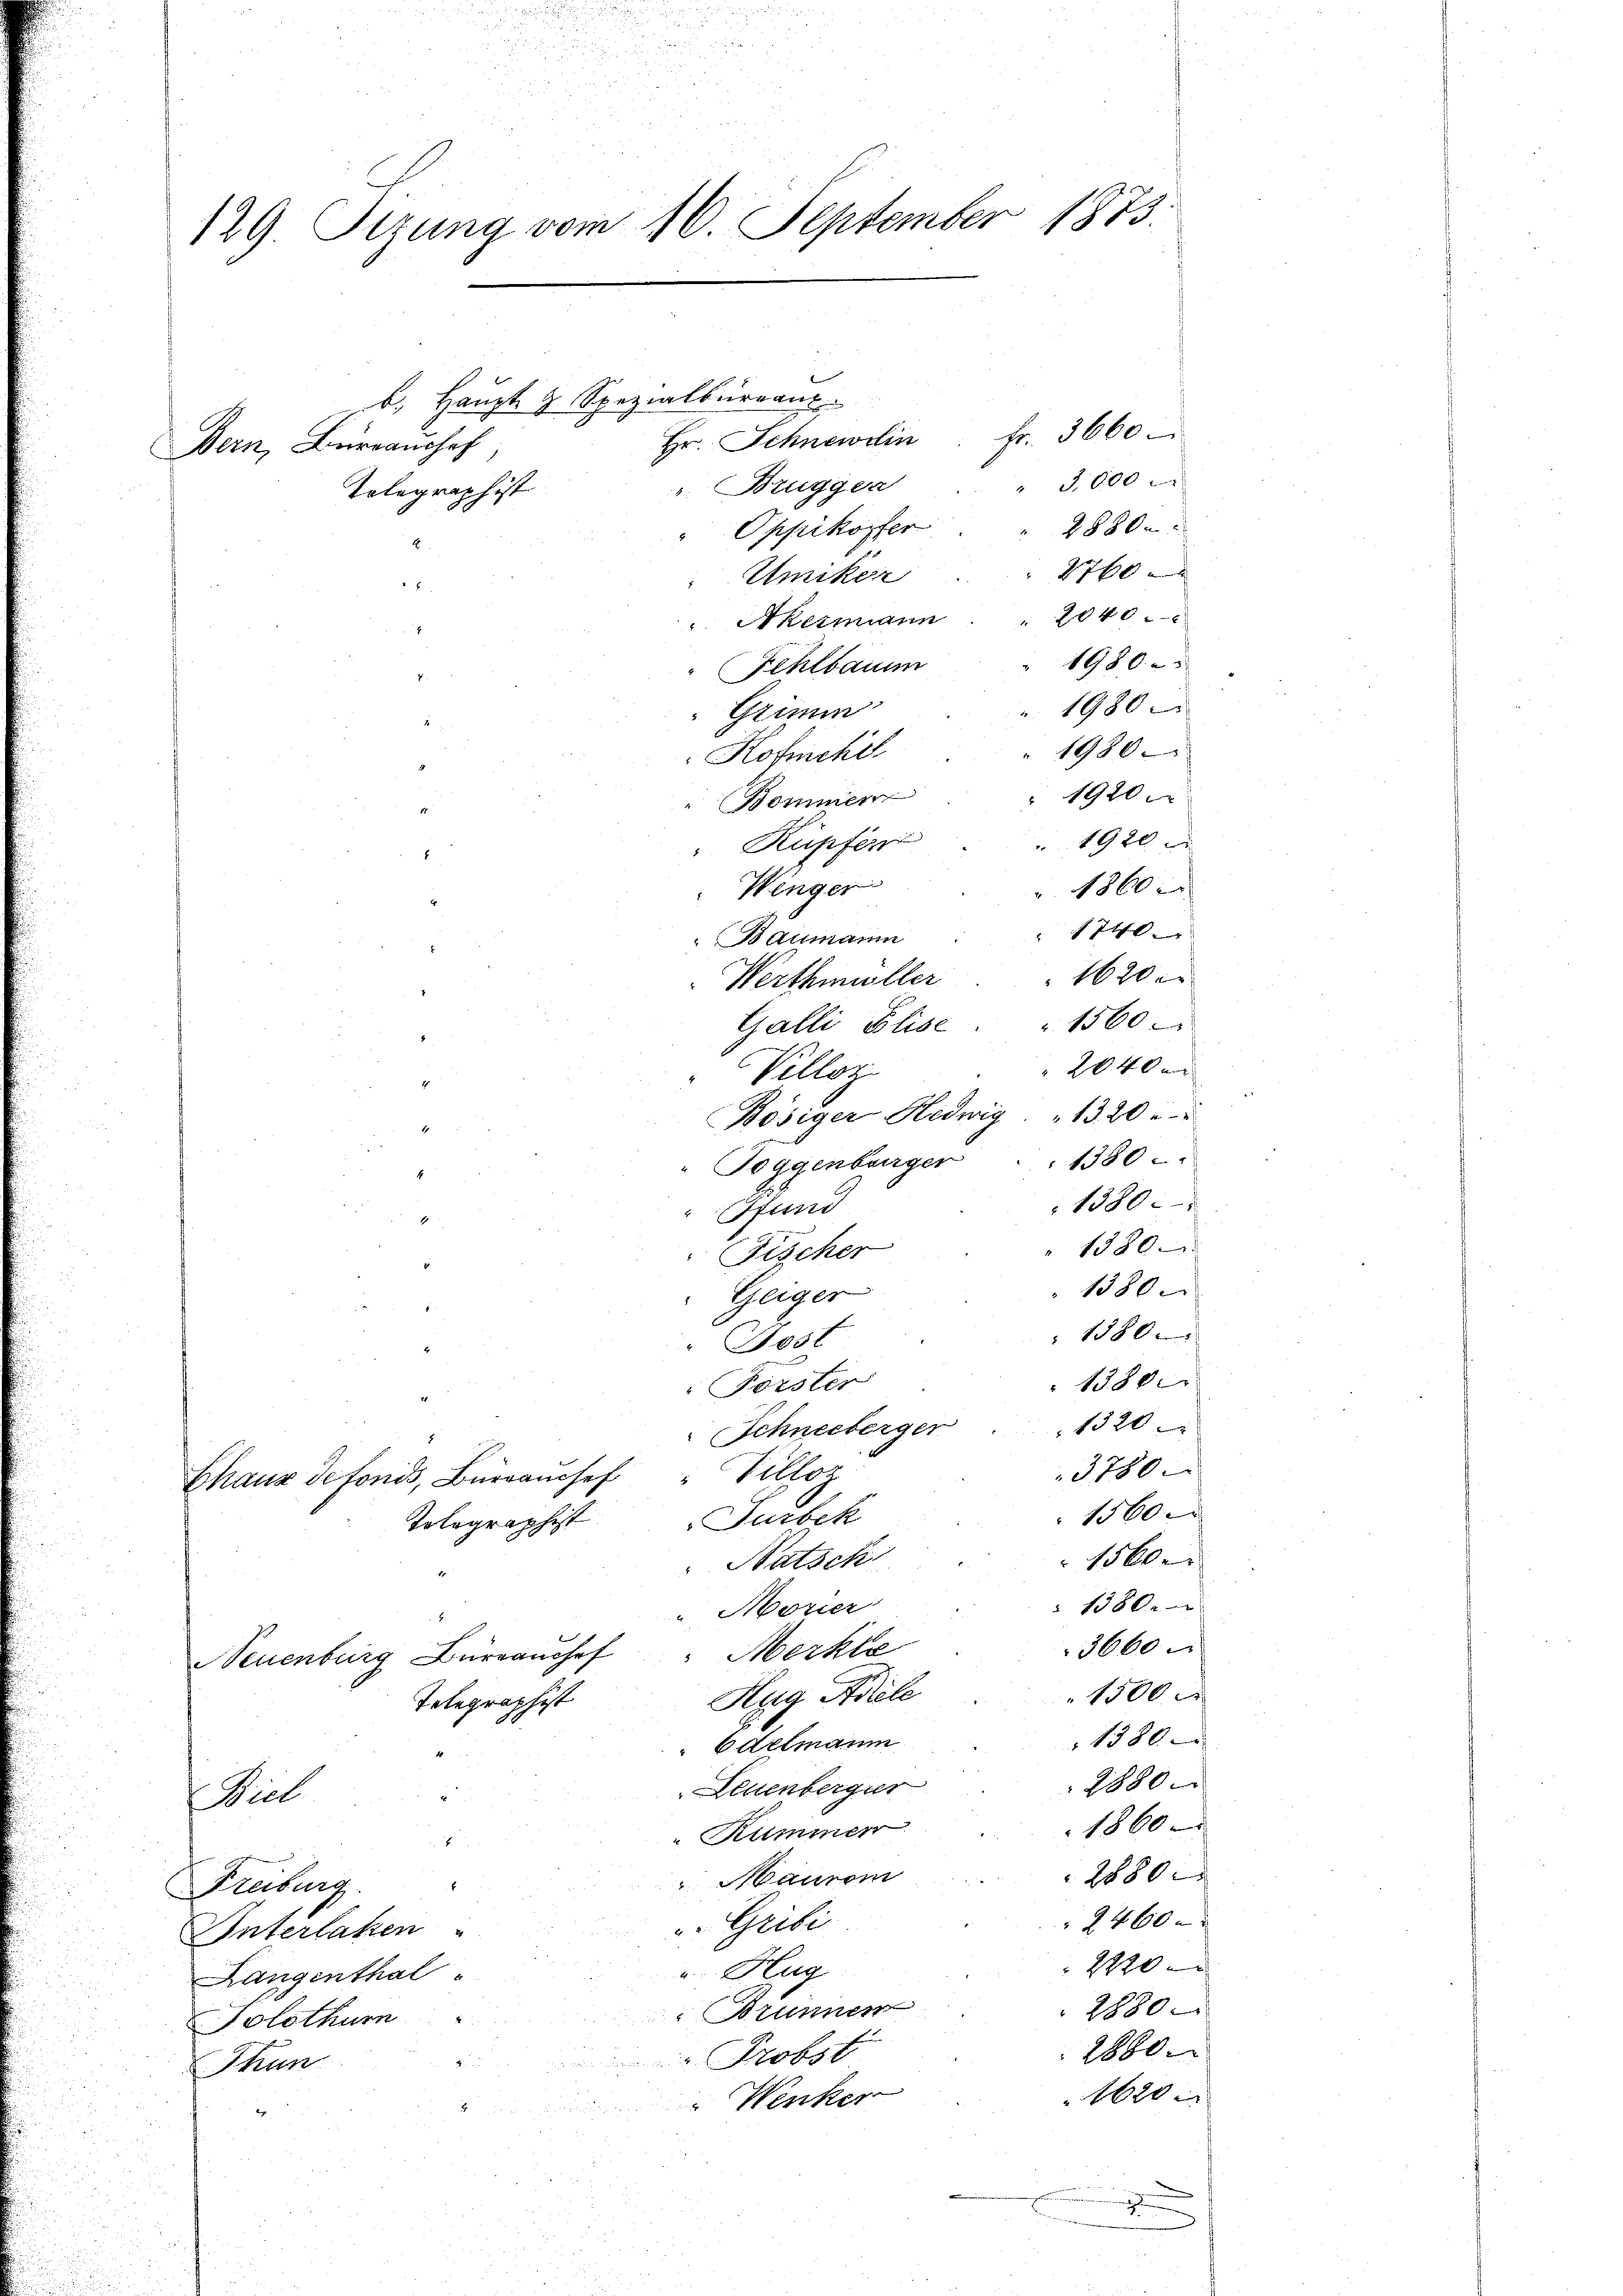
129. Sizung vom 16. September 1873.

Bern, Bureaushof
Telegraphist
5

b. Haupt 9 Spezialbürant
Hr. Schnewein. Fr. 3660
"Brüggen
Oppikopfer
Umiker
". Akermann . . 2040.
1980
1980
" 1920 x
1920 x
1740
Werthmüller . . 1620
1560
Galli Elise
2040 m
Bösiger Hedwig " 1320
1
1380 -
Toggenburger
4
1380.
Hund
" 1380
Fischer
1380.
Geiger
1580
Jost
1380
Förster
1320
Schneeberger
3780
Chaux de fonds, Bürancsef" Villoz
1560.
Tolographist Turbek
1500.
Natsch
 1380.
"Mozier
3660
Neuenburg Büreanchef " Merkte
1500 x
Hug Adiele
Telegraphist
1380
6 Altmann
2880
Leuenberger
u
Beil
1860
 Kummer
2
2880
Maurem
Freiburg.
2460 x
Gribi
Unterlaken
2720
u. Hug
Langenthal
2880
Brunner
Folothurn
2880.
Probst
Thun
1620
Wenker
d

Fehlbaum
Grimm
Kofmchel
Bommer
Küpfen
Wenger
Baumann
Villor

" 3,000
28800
2760

1980

1860 x